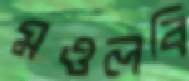
মওলবি